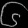
Digit: ၆